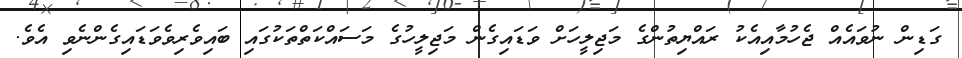
ގަޑިން ނުވައެއް ޖެހުމާއިއެކު ރައްޔިތުންގެ މަޖިލީހަށް ވަޑައިގެން މަޖިލީހުގެ މަސައްކަތްތަކުގައި ބައިވެރިވެވަޑައިގެންނެވި އެވެ.